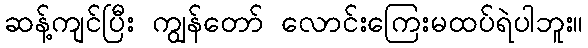
ဆန့်ကျင်ပြီး ကျွန်တော် လောင်းကြေးမထပ်ရဲပါဘူး။